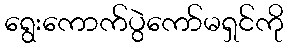
ရွေးကောက်ပွဲကော်မရှင်ကို